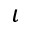
\iota